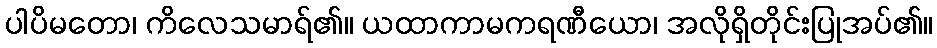
ပါပိမတော၊ ကိလေသမာရ်၏။ ယထာကာမကရဏီယော၊ အလိုရှိတိုင်းပြုအပ်၏။